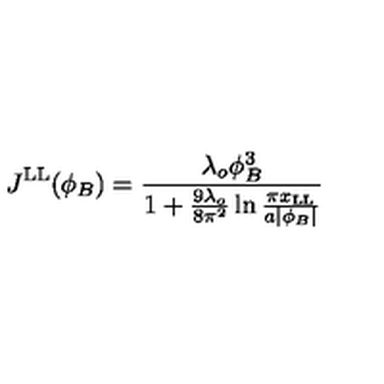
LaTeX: J ^ { \mathrm { L L } } ( \phi _ { B } ) = { \frac { \lambda _ { o } \phi _ { B } ^ { 3 } } { 1 + { \frac { 9 \lambda _ { o } } { 8 \pi ^ { 2 } } } \ln { \frac { \pi x _ { \mathrm { L L } } } { a | \phi _ { B } | } } } }